Quinine and its salts - Number 41
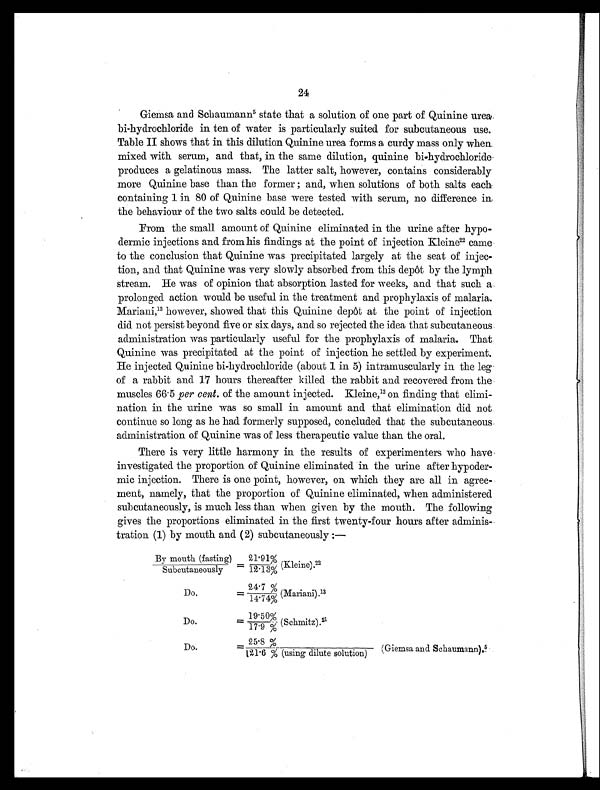
24
Giemsa and Schaumann5 state that a solution of one part of Quinine urea.
bi-hydrochloride in ten of water is particularly suited for subcutaneous use.
Table II shows that in this dilution Quinine urea forms a curdy mass only when
mixed with serum, and that, in the same dilution, quinine bi-hydrochloride
produces a gelatinous mass. The latter salt, however, contains considerably
more Quinine base than the former ; and, when solutions of both salts each
containing 1 in 80 of Quinine base were tested with serum, no difference in,
the behaviour of the two salts could be detected.
From the small amount of Quinine eliminated in the urine after hypo-
dermic injections and from his findings at the point of injection Kleine 22 came
to the conclusion that Quinine was precipitated largely at the seat of injec-
tion, and that Quinine was very slowly absorbed from this depot by the lymph
stream. He was of opinion that absorption lasted for weeks, and that such a.
prolonged action would be useful in the treatment and prophylaxis of malaria.
Mariani,13 however, showed that this Quinine depôt at the point of injection
did not persist beyond five or six days, and so rejected the idea that subcutaneous
administration was particularly useful for the prophylaxis of malaria. That
Quinine was precipitated at the point of injection he settled by experiment.
He injected Quinine hi-hydrochloride (about 1 in 5) intramuscularly in the leg
of a rabbit and 17 hours thereafter killed the rabbit and recovered from the
muscles 66.5 per cent. of the amount injected. Kleine,1 2
on finding that elimi-
nation in the urine was so small in amount and that elimination did not
continue so long as he had formerly supposed, concluded that the subcutaneous
administration of Quinine was of less therapeutic value than the oral.
There is very little harmony in the results of experimenters who have
investigated the proportion of Quinine eliminated in the urine after hypoder-
mic injection. There is one point, however, on which they are all in agree-
ment, namely, that the proportion of Quinine eliminated, when administered
subcutaneously, is much less than when given by the mouth. The following
gives the proportions eliminated in the first twenty-four hours after adminis-
tration (1) by mouth and (2) subcutaneously :—
By mouth (fasting)
Subcutaneously
=
21.91%/
12.13% (Kleine).22
Do.
=
24.7% /
14.74% (Mariani).13
Do.
= 19.50%/
1 7 . 9 % (Schmitz). 21
Do.
= 25.8%/
121.6% (using dilute solution) (Giemsa and Schaumann).5